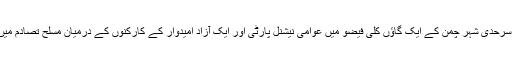
اس سے قبل ہفتہ کو انتخابات کا موقع پر سرحدی شہر چمن کے ایک گاؤں کلی فیضو میں عوامی نیشنل پارٹی اور ایک آزاد امیدوار کے کارکنوں کے درمیان مسلح تصادم میں چار افراد ہلاک اور دس زخمی ہو گئے۔